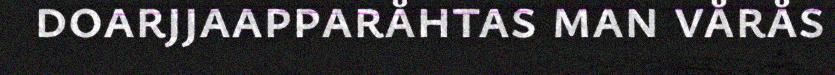
doarjjaapparåhtas man vårås